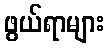
ဖွယ်ရာများ